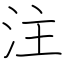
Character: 注